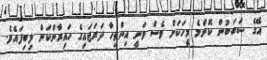
އޭގެ ސަބަބުން ކޮންމެ މީހަކަށް ވެސް ވަނީ އިންތިހާ ދަރަޖައިގެ ހައިރާންކަން ލިބިފައެވެ.